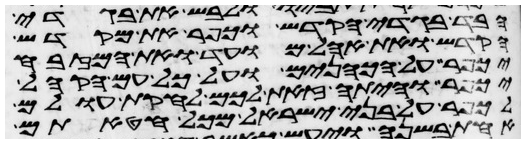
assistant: הבד בגדי הקדש וכפר את מקדש
הקדש ואת אהל מועד ואת המזבח
יכפר על הכהנים ועל כל עם הקהל
יכפר והיתה זאת לכם לחקות עולם
לכפר על בני ישראל מכל חטאתם